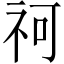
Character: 𥘫